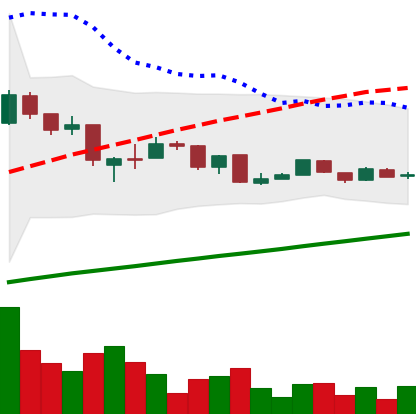
Ticker: LTC-USD
Chart end date: 2015-08-16
Forward return: -9.798%
Label: down_7plus